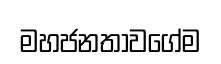
මහජනතාවගේම